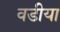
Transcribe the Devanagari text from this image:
वडीया